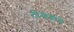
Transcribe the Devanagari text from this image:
टोळय़ांचे